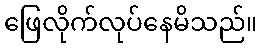
ဖြေလိုက်လုပ်နေမိသည်။